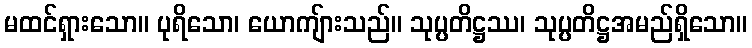
မထင်ရှားသော။ ပုရိသော၊ ယောကျ်ားသည်။ သုပ္ပတိဋ္ဌဿ၊ သုပ္ပတိဋ္ဌအမည်ရှိသော။